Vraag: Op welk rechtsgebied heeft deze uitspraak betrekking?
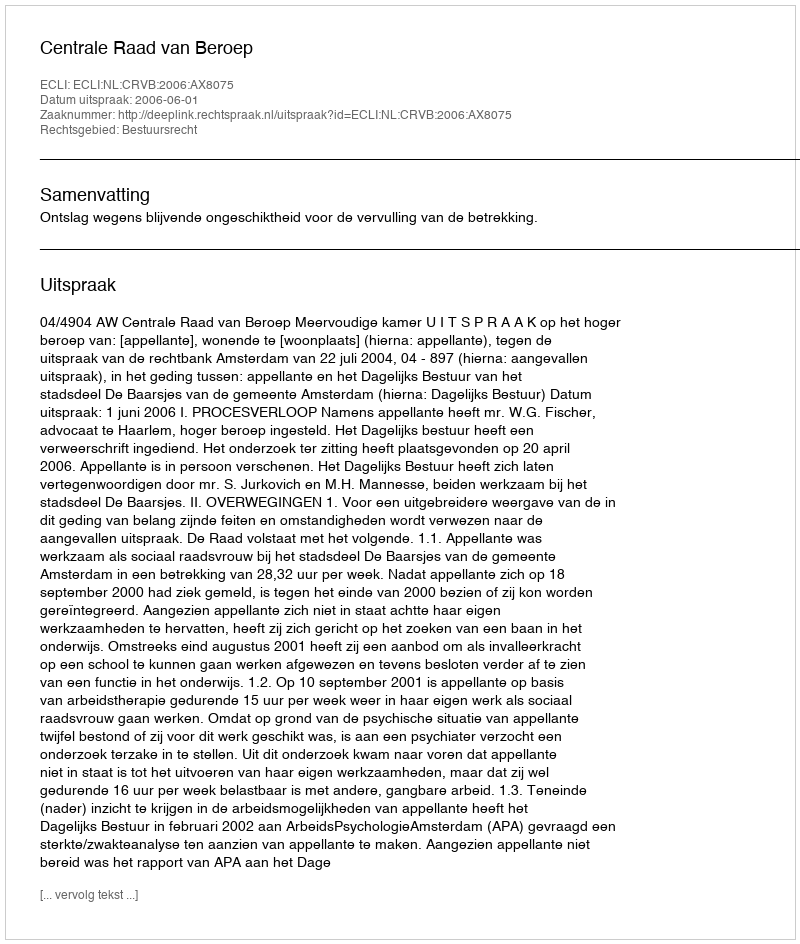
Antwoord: Bestuursrecht